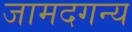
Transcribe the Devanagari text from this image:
जामदगन्य